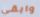
وابقي